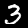
Label: 3